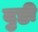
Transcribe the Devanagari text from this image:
दुष्टी